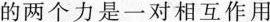
的两个力是一对相互作用